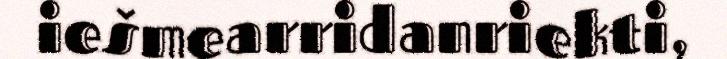
iešmearridanriekti,